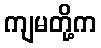
ကျမတို့က